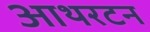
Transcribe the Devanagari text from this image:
आथरटन